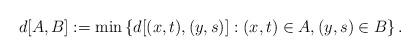
LaTeX: \begin{align*}d[A,B]:=\min \left\{d[(x,t),(y,s)]: (x,t)\in A, (y,s)\in B\right\}.\end{align*}